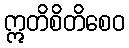
ဣတိစိတိစေဝ